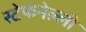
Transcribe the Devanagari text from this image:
स्टेफनेल्ली